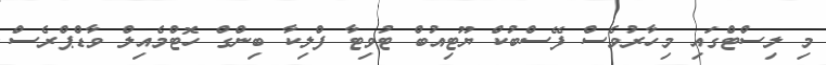
މި ލިސްޓްގައި މިހާރުވެސް ފޭސްބުކް ޔޫޓިއުބް ޓުވިޓާ ފްލިކާ ބިންގް ހޮޓްމެއިލް ވާޑްޕްރެސް